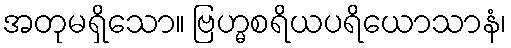
အတုမရှိသော။ ဗြဟ္မစရိယပရိယောသာနံ၊